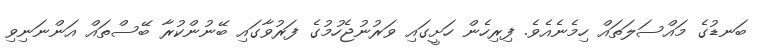
ބަނޑުގެ މައްސަލަތައް ހިމެނެއެވެ. ފިރިހެން ހަށީގައި ވަރުނުޖެހުމުގެ ފަރުވާގައި ބޭނުންކުރާ ބޭސްތައް އަންނަނިވި